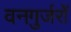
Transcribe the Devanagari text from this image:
वनगुर्जरों